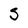
Character: S